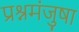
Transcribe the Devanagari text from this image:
प्रश्नमंजुषा